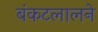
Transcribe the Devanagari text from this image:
बंकटलालने